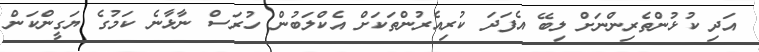
އަދި ކުޅުންތެރިންނަށް ލިބޭ އެފަދަ ކުރިއެރުންތަކަށް އެކްލަބުން ހުރަސް ނާޅާނެ ކަމުގެ ޔަގީންކަން